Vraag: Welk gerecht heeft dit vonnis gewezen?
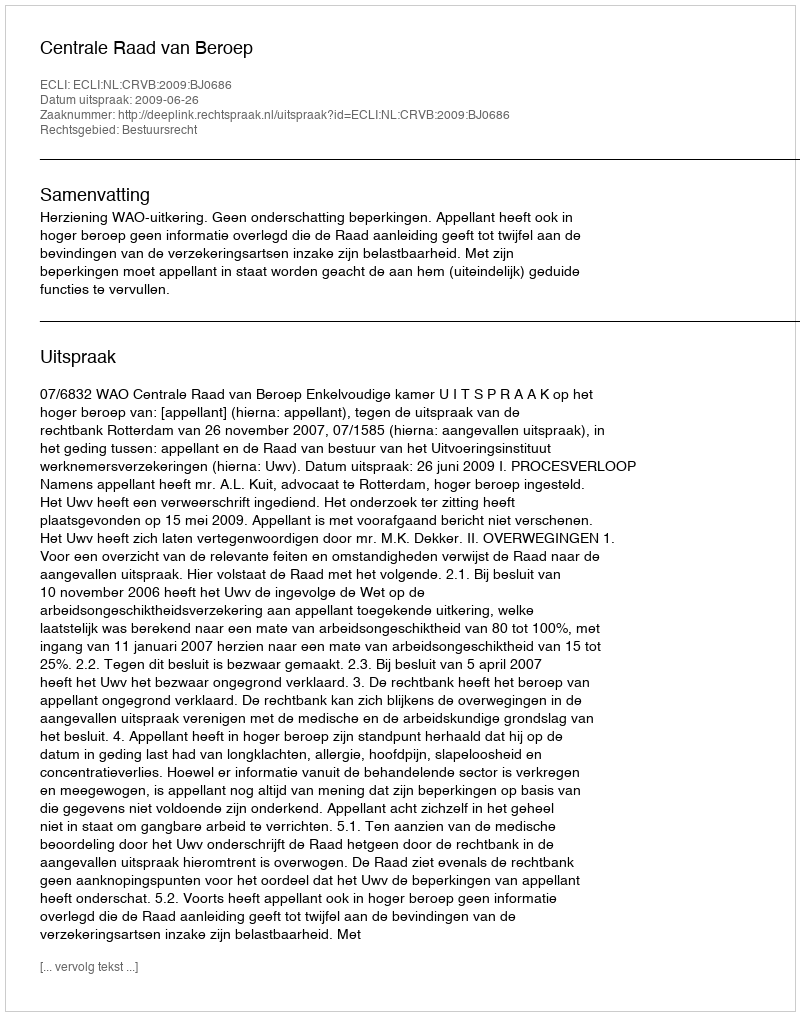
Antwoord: Centrale Raad van Beroep